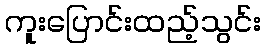
ကူးပြောင်းထည့်သွင်း